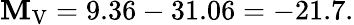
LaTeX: \mathbf{M}_{\mathrm{{V}}}=9.36-31.06=-21.7.